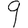
Digit: 9